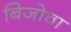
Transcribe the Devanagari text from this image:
बिजोवा